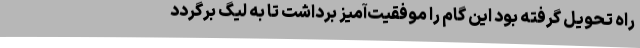
راه تحویل گرفته بود این گام را موفقیت‌آمیز برداشت تا به لیگ برگردد